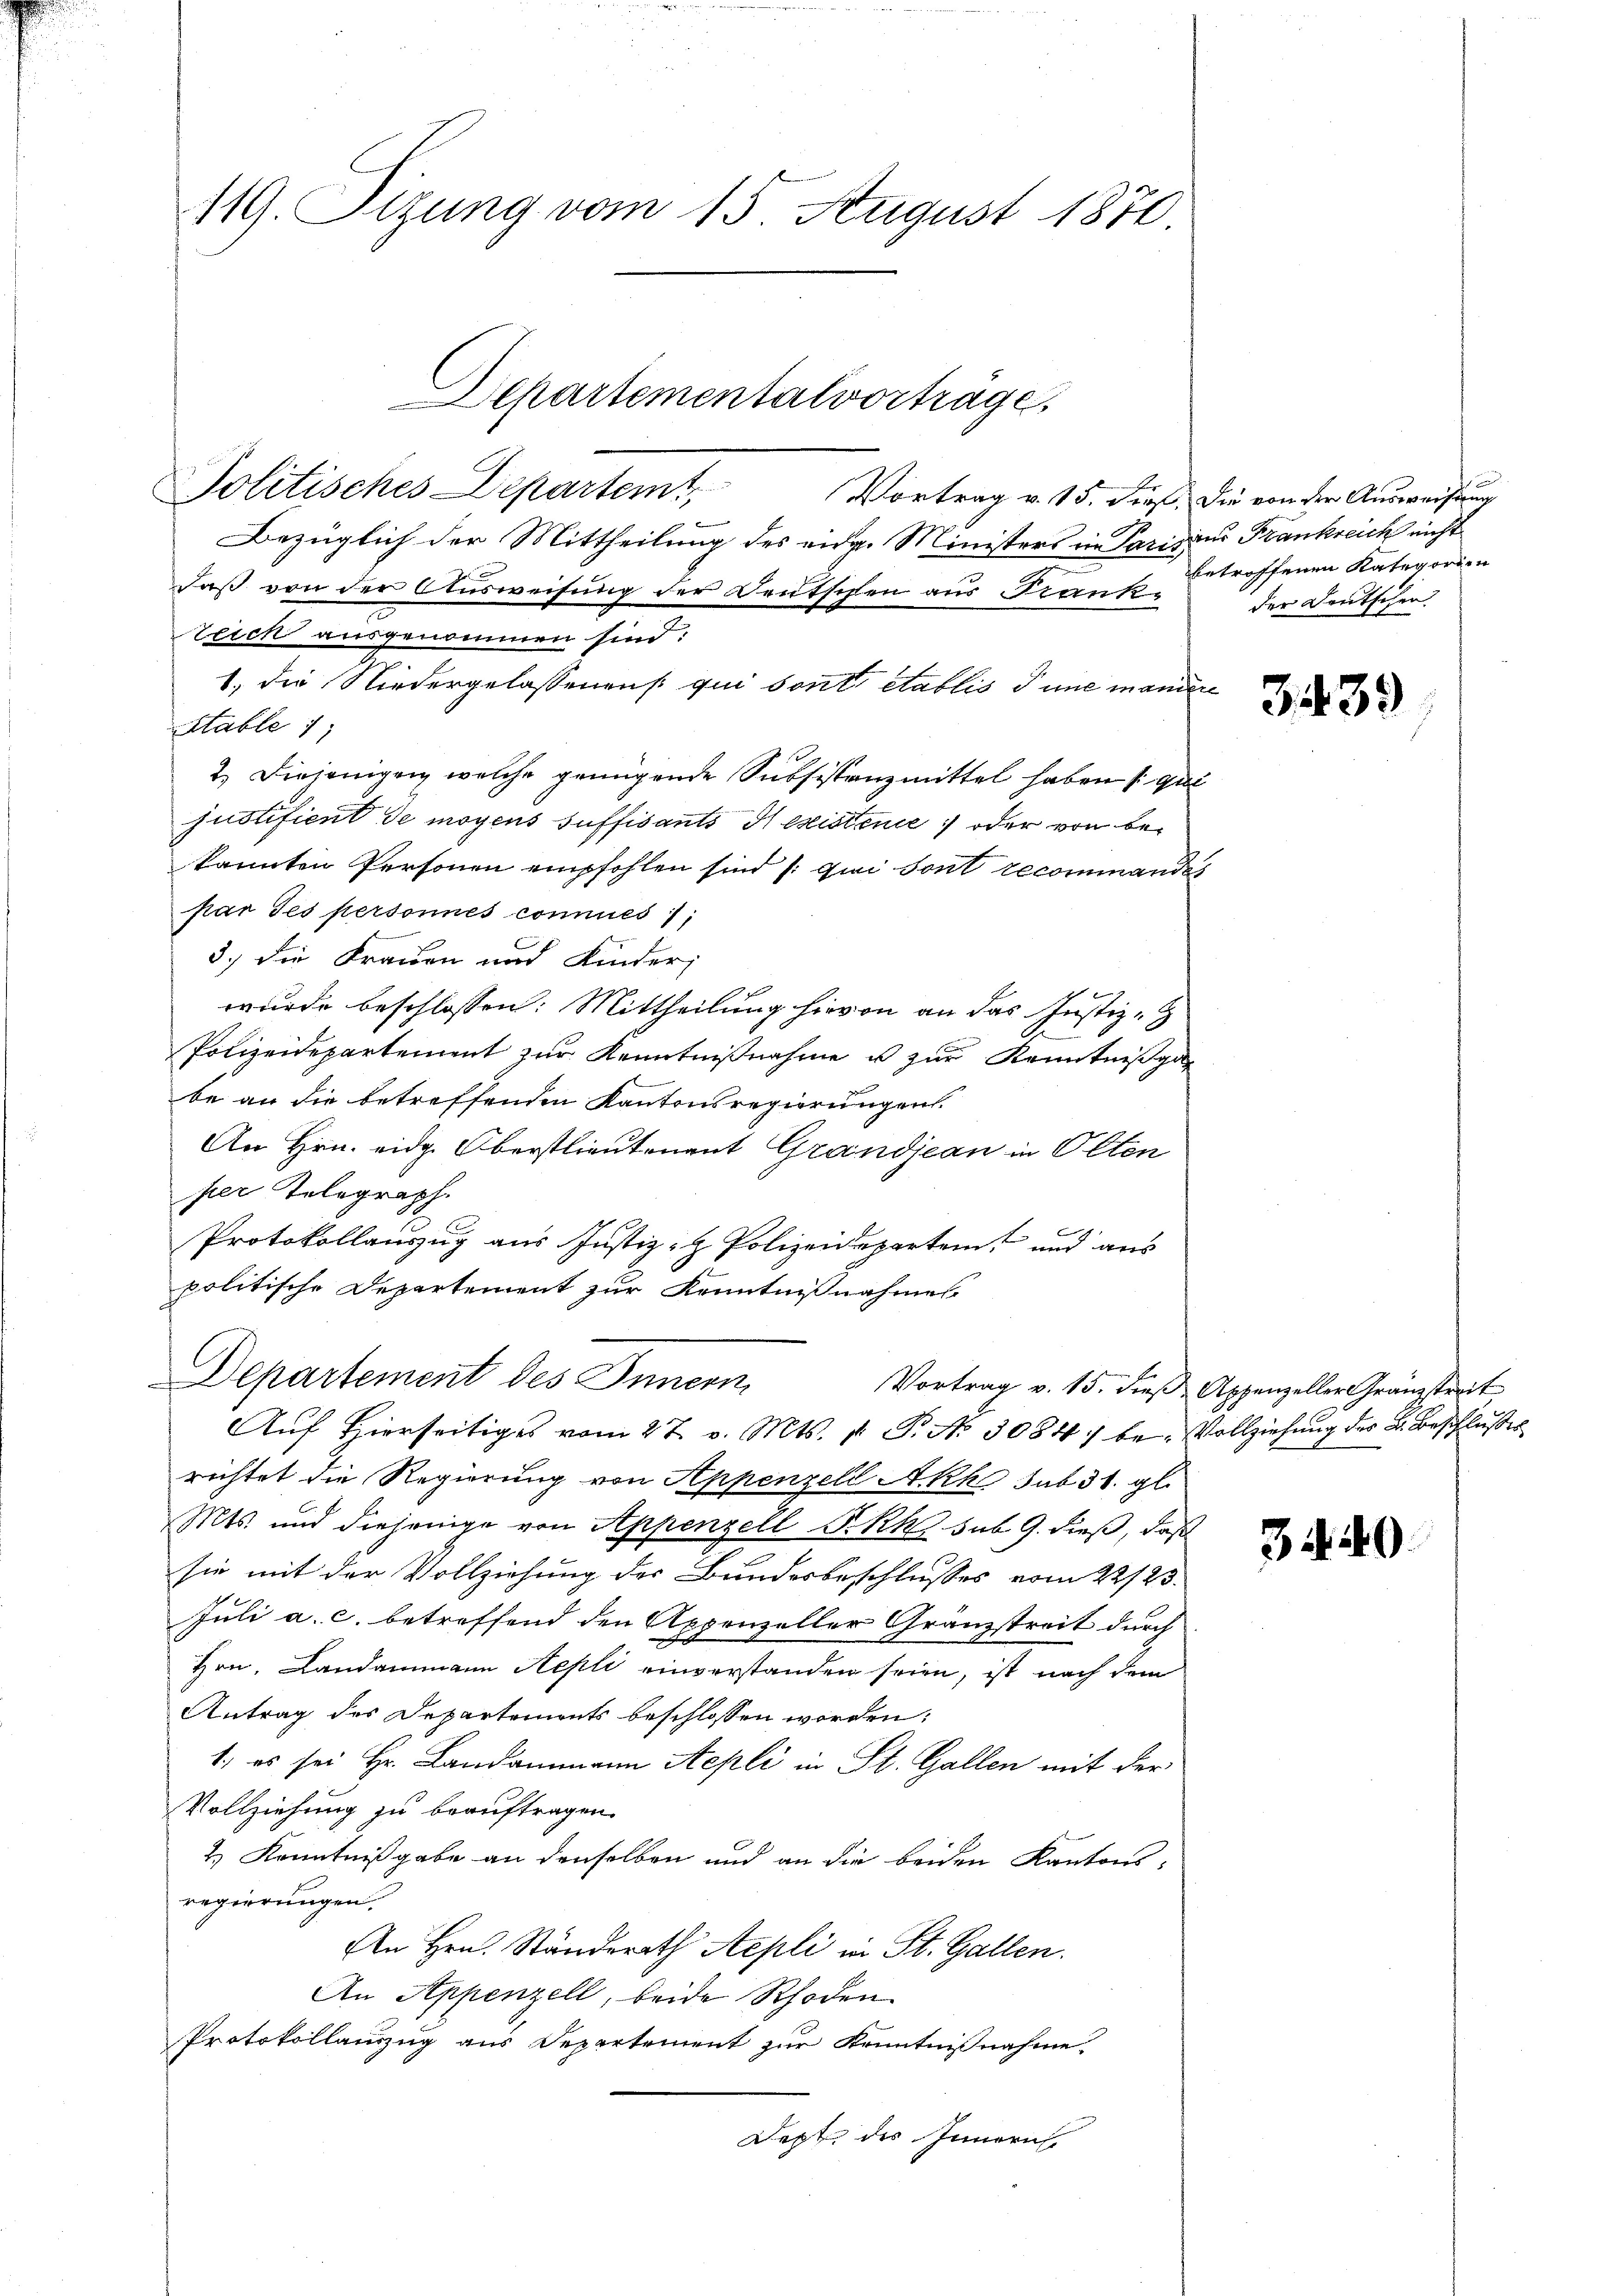
Vortrag v. 15. Sie die von der Ausweisung
Bezüglich der Mittheilung des eidg. Ministers in Parisius Frankreich nicht
daß von der Ausweisung der Deutschen aus Frankteich ausgenommen sind:
1.) Die Niedergelassenens qui sont établis Tune manie
Stable 1
2.) Diejenigen welche genügende Subsistanzmittel haben (gut
justifient de moyens suffisants H existence, oder von bekannten Personen empfohlen sind (qui sont recommande
par Ses personnes connues;
3.) Die Frauen und Kinder,
wurde beschlossen: Mittheilung hievon an das Justiz-
Polizeidepartement zur Kenntnißnahme u zur Kenntniß gebe an die betreffenden Kantonsregierungen.
An Hrn. eidg. Oberstlieutenant Grandjean in Olten
per Telegraph.
Protokollauszug aus Justiz- & Polizeideparten und aus
politische Departement zur Kenntnißnahmes
Departement des Innern,
Vortrag v. 15. dieß Appenzeller Gränzstreit
Auf Hierseitiges vom 27. v. Mts. 1. P. Nr. 3084 be- Vollziehung des L. Beschlusses
richtet die Regierung von Appenzell Akko sub 31. gl.
Mts. und diejenige von Appenzell S. Rh. sub 9. dieß, daß
sie mit der Vollziehung der Bundesbeschlusses vom 22/23.
Juli a. c. betreffend den Appenzeller Gränzstreit durch
Hrn. Landammann Aepli einverstanden seien, ist nach dem
Antrag des Departements beschlossen worden:
1. es sei Hr. Landammann Aepli in St. Gallen mit der
Vollziehung zu beauftragen.
2.) Kenntnißgabe an denselben und an die beiden Kantons-
regierungen.
An Hrn. Ständerath Aepli in St. Gallen.
An Appenzell, beide Rhoden
Protokollauszug aus Departement zur Kenntnisnahme,
Dept des Innern

119. Sizung vom 15. August 1870.

Departementalvortrage.
Politisches Departemt,

betroffenen Kategorien
der Deutschen

3439

3440.